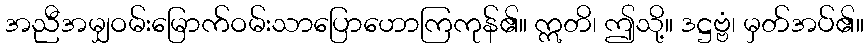
အညီအမျှဝမ်းမြောက်ဝမ်းသာပြောဟောကြကုန်၏။ ဣတိ၊ ဤသို့။ ဒဋ္ဌဗ္ဗံ၊ မှတ်အပ်၏။